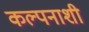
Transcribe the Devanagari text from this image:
कल्पनाशी